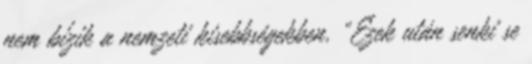
nem bízik a nemzeti kisebbségekben. „Ezek után senki se